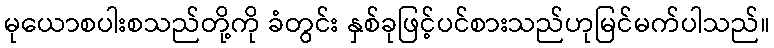
မုယောစပါးစသည်တို့ကို ခံတွင်း နှစ်ခုဖြင့်ပင်စားသည်ဟုမြင်မက်ပါသည်။